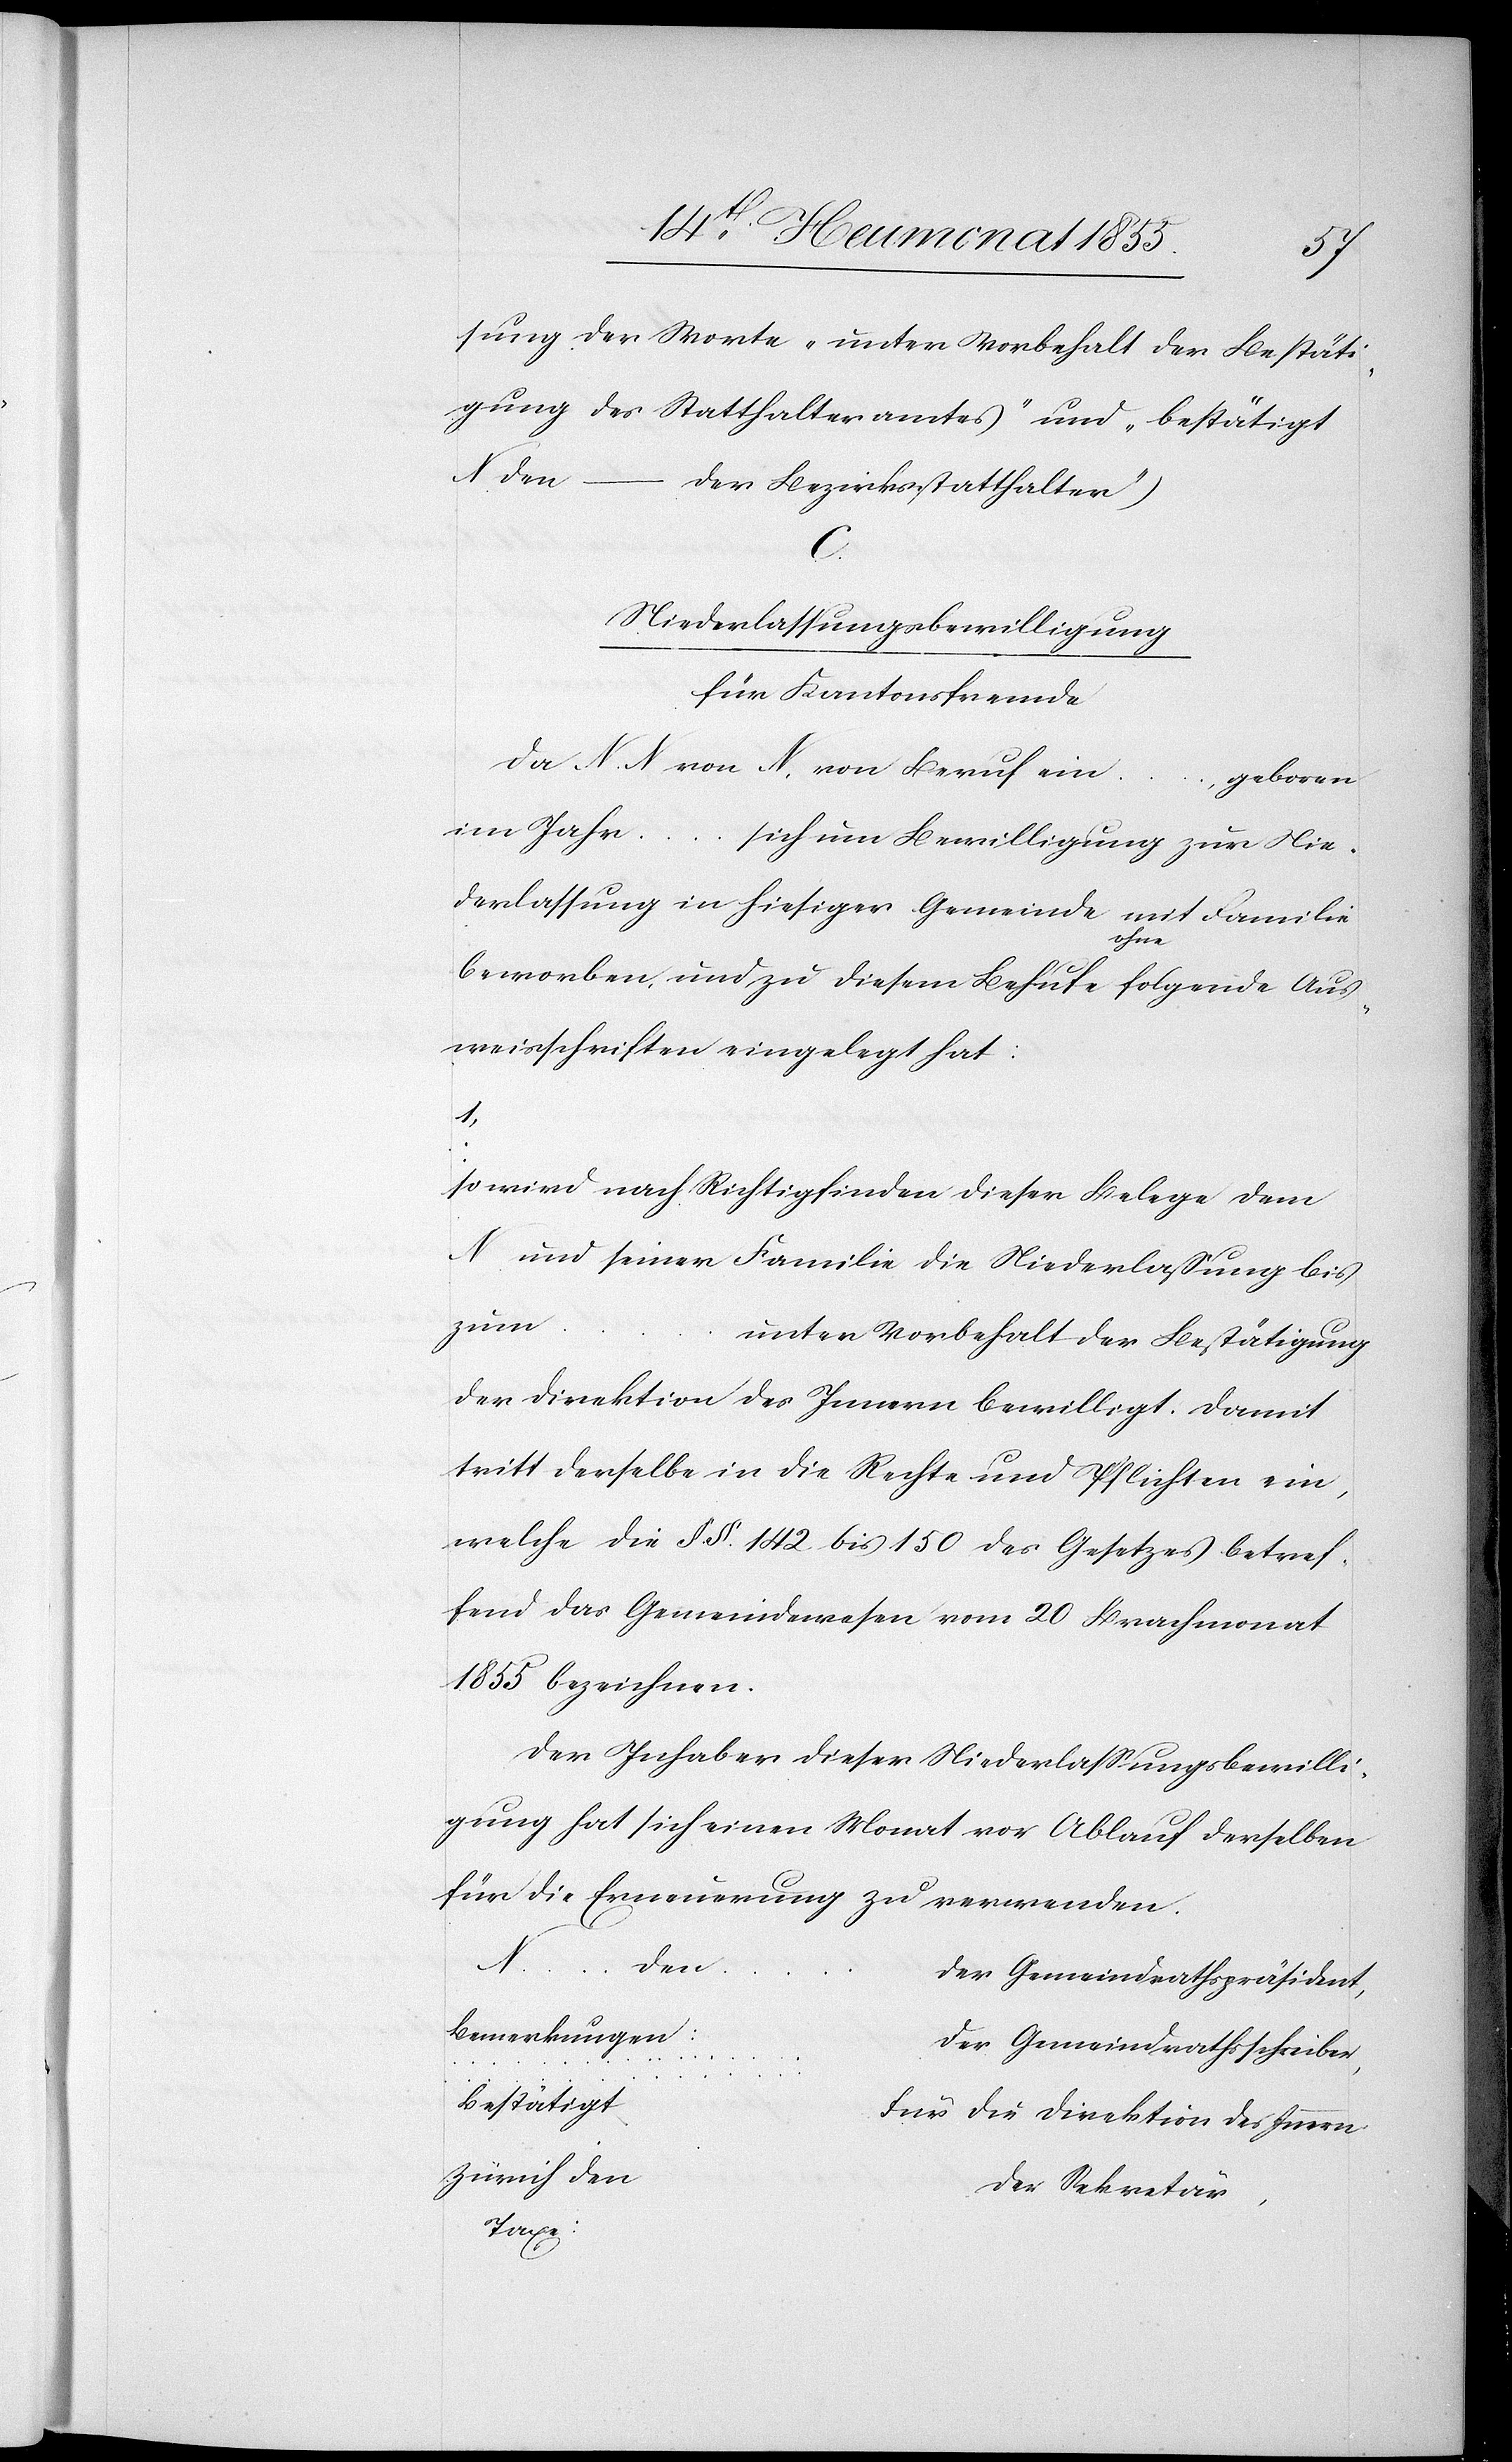
sung der Worte „unter Vorbehalt der Bestäti¬
gung des Statthalteramtes“ und
„bestätigt
N den
–
der Bezirksstatthalter“)
Niederlassungsbewilligung
für Kantonsfremde
Da N. N. von N. von Beruf ein
geboren
im Jahr …
sich um Bewilligung zur Nie¬
derlassung in hiesiger Gemeinde
beworben, und zu diesem Behufe folgende Aus¬
weisschriften eingelegt hat:
so wird nach Richtigfinden dieser Belege dem
N. und seiner Familie die Niederlassung bis
zum …
unter Vorbehalt der Bestätigung
der Direktion des Innern bewilligt. Damit
tritt derselbe in die Rechte und Pflichten ein,
welche die §.§. 142 bis 150 des Gesetzes betref¬
fend das Gemeindewesen vom 20 Brachmonat
1855 bezeichnen.
Der Inhaber dieser Niederlassungsbewilli¬
gung hat sich einen Monat vor Ablauf derselben
für die Erneuerung zu verwenden.
N. …
den
Der Gemeindrathspräsident,
Bemerkungen:
Der Gemeindrathsschreiber,
…
…
bestätigt
Für die Direktion des Innern
Zürich den
Der Sekretär,
Taxe: